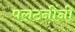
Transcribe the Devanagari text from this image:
पलटनींनी